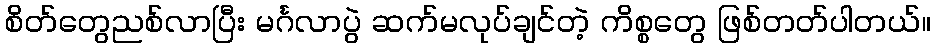
စိတ်တွေညစ်လာပြီး မင်္ဂလာပွဲ ဆက်မလုပ်ချင်တဲ့ ကိစ္စတွေ ဖြစ်တတ်ပါတယ်။